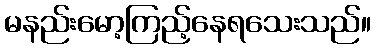
မနည်းမော့ကြည့်နေရသေးသည်။